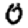
Digit: 0